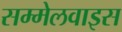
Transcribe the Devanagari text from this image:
सम्मेलवाइस